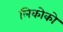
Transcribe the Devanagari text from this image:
लिकोको